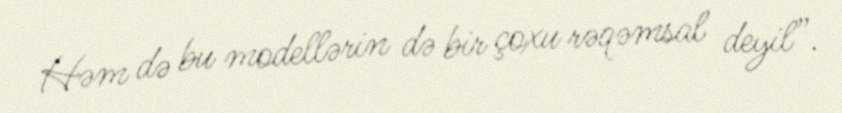
Həm də bu modellərin də bir çoxu rəqəmsal deyil”.